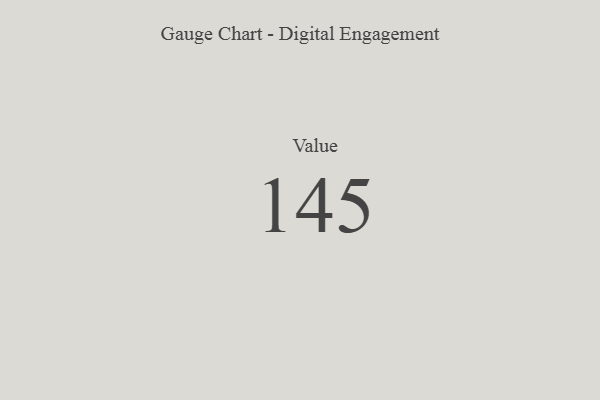
{"axis": {"x": "Metric", "y": "Value"}, "legend": [""], "data": [{"x": "Value", "y": 145, "type": ""}]}